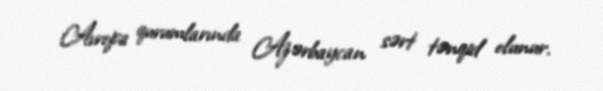
Avropa qurumlarında Azərbaycan sərt tənqid olunur.